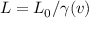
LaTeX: L = L _ { 0 } / \gamma ( v )